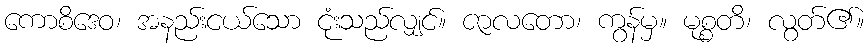
ကောစိဒေဝ၊ အနည်းငယ်သော ငုံးသည်လျှင်။ ဇာလတော၊ ကွန်မှ။ မုစ္စတိ၊ လွတ်၏။